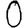
Digit: 0